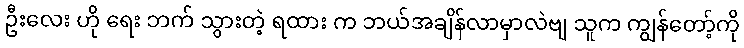
ဦးလေး ဟို ရေး ဘက် သွားတဲ့ ရထား က ဘယ်အချိန်လာမှာလဲဗျ သူက ကျွန်တော့်ကို